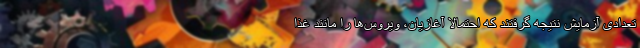
تعدادی آزمایش نتیجه گرفتند که احتمالا آغازیان، ویروس‌ها را مانند غذا